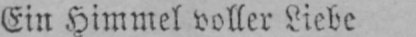
Ein Himmel voller Liebe